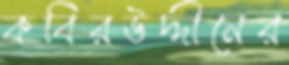
কবিরউদ্দীনের